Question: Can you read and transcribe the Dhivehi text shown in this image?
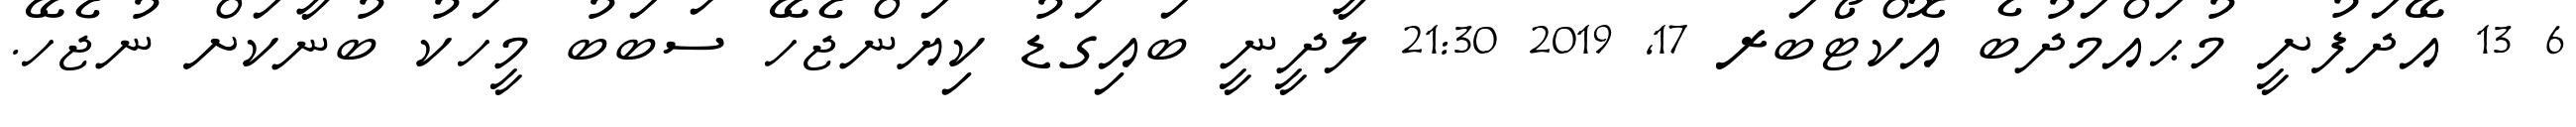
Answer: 6 13 އޭދަފުށީ މުޙައްމަދުބެ އޮކްޓޯބަރ 17, 2019 21:30 ލާދީނީ ބައިގަޑު ކިޔަންޖެހޭ ސަބަބު މީހަކު ބުނާކަށް ނުޖެހޭ.